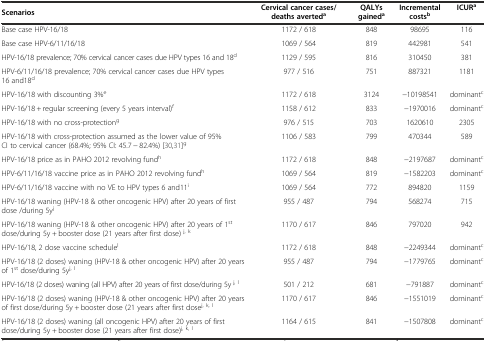
<table><thead><tr><td><b>Scenarios</b></td><td><b>Cervical cancer cases/deaths averted<sup>a</sup></b></td><td><b>QALYs gained<sup>a</sup></b></td><td><b>Incremental costs<sup>b</sup></b></td><td><b>ICUR<sup>a</sup></b></td></tr></thead><tbody><tr><td>Base case HPV-16/18</td><td>1172 / 618</td><td>848</td><td>98695</td><td>116</td></tr><tr><td>Base case HPV-6/11/16/18</td><td>1069 / 564</td><td>819</td><td>442981</td><td>541</td></tr><tr><td>HPV-16/18 prevalence; 70% cervical cancer cases due HPV types 16 and 18<sup>d</sup></td><td>1129 / 595</td><td>816</td><td>310450</td><td>381</td></tr><tr><td>HPV-6/11/16/18 prevalence; 70% cervical cancer cases due HPV types 16 and18<sup>d</sup></td><td>977 / 516</td><td>751</td><td>887321</td><td>1181</td></tr><tr><td>HPV-16/18 with discounting 3%<sup>e</sup></td><td>1172 / 618</td><td>3124</td><td>-10198541</td><td>dominant<sup>c</sup></td></tr><tr><td>HPV-16/18 + regular screening (every 5 years interval)<sup>f</sup></td><td>1158 / 612</td><td>833</td><td>-1970016</td><td>dominant<sup>c</sup></td></tr><tr><td>HPV-16/18 with no cross-protection<sup>g</sup></td><td>976 / 515</td><td>703</td><td>1620610</td><td>2305</td></tr><tr><td>HPV-16/18 with cross-protection assumed as the lower value of 95% CI to cervical cancer (68.4%; 95% CI: 45.7 - 82.4%) [30, 31]<sup>g</sup></td><td>1106 / 583</td><td>799</td><td>470344</td><td>589</td></tr><tr><td>HPV-16/18 price as in PAHO 2012 revolving fund<sup>h</sup></td><td>1172 / 618</td><td>848</td><td>-2197687</td><td>dominant<sup>c</sup></td></tr><tr><td>HPV-6/11/16/18 vaccine price as in PAHO 2012 revolving fund<sup>h</sup></td><td>1069 / 564</td><td>819</td><td>-1582203</td><td>dominant<sup>c</sup></td></tr><tr><td>HPV-6/11/16/18 vaccine with no VE to HPV types 6 and11<sup>i</sup></td><td>1069 / 564</td><td>772</td><td>894820</td><td>1159</td></tr><tr><td>HPV-16/18 waning (HPV-18 &amp; other oncogenic HPV) after 20 years of first dose /during 5y<sup>j</sup></td><td>955 / 487</td><td>794</td><td>568274</td><td>715</td></tr><tr><td>HPV-16/18 waning (HPV-18 &amp; other oncogenic HPV) after 20 years of 1<sup>st</sup> dose/during 5y + booster dose (21 years after first dose) <sup>j, k</sup></td><td>1170 / 617</td><td>846</td><td>797020</td><td>942</td></tr><tr><td>HPV-16/18, 2 dose vaccine schedule<sup>l</sup></td><td>1172 / 618</td><td>848</td><td>-2249344</td><td>dominant<sup>c</sup></td></tr><tr><td>HPV-16/18 (2 doses) waning (HPV-18 &amp; other oncogenic HPV) after 20 years of 1<sup>st</sup> dose/during 5y<sup>j, l</sup></td><td>955 / 487</td><td>794</td><td>-1779765</td><td>dominant<sup>c</sup></td></tr><tr><td>HPV-16/18 (2 doses) waning (all HPV) after 20 years of first dose/during 5y <sup>j, l</sup></td><td>501 / 212</td><td>681</td><td>-791887</td><td>dominant<sup>c</sup></td></tr><tr><td>HPV-16/18 (2 doses) waning (HPV-18 &amp; other oncogenic HPV) after 20 years of first dose/during 5y + booster dose (21 years after first dose<sup>j, k, l</sup></td><td>1170 / 617</td><td>846</td><td>-1551019</td><td>dominant<sup>c</sup></td></tr><tr><td>HPV-16/18 (2 doses) waning (all oncogenic HPV) after 20 years of first dose/during 5y + booster dose (21 years after first dose)<sup>j, k, l</sup></td><td>1164 / 615</td><td>841</td><td>-1507808</td><td>dominant<sup>c</sup></td></tr></tbody></table>